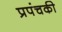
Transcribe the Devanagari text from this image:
प्रपंचकी